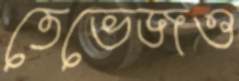
তেভেজও